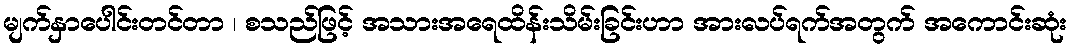
မျက်နှာပေါင်းတင်တာ ၊ စသည်ဖြင့် အသားအရေထိန်းသိမ်းခြင်းဟာ အားလပ်ရက်အတွက် အကောင်းဆုံး